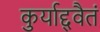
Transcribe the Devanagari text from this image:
कुर्याद्द्वैतं